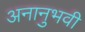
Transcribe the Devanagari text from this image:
अनानुभवी